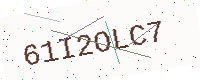
Text: 61I2OLC7